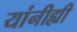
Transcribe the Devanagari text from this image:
यांनीह्यी